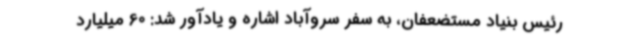
رئیس بنیاد مستضعفان، به سفر سروآباد اشاره و یادآور شد: 60 میلیارد